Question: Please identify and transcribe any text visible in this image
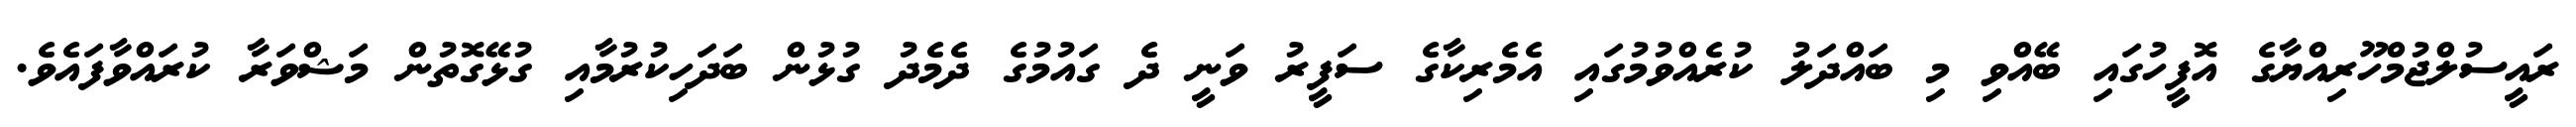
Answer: ރައީސުލްޖުމްހޫރިއްޔާގެ އޮފީހުގައި ބޭއްވި މި ބައްދަލު ކުރެއްވުމުގައި އެމެރިކާގެ ސަފީރު ވަނީ ދެ ގައުމުގެ ދެމެދު ގުޅުން ބަދަހިކުރުމާއި ގުޅޭގޮތުން މަޝްވަރާ ކުރައްވާފައެވެ.